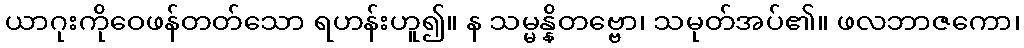
ယာဂုးကိုဝေဖန်တတ်သော ရဟန်းဟူ၍။ န သမ္မန္နိတဗ္ဗော၊ သမုတ်အပ်၏။ ဖလဘာဇကော၊